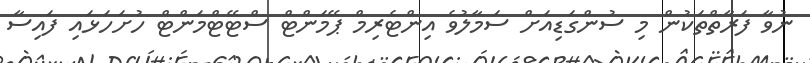
ނުވާ ފަރާތްތަކުން މި ސުންގަޑިއަށް ސަމާލުވެ އިންޓެރިމް ޕޭމަންޓް ސްޓޭޓްމަންޓް ހުށަހަޅައި ފައިސާ